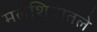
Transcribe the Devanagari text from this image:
मलेशियातले